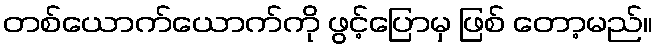
တစ်ယောက်ယောက်ကို ဖွင့်ပြောမှ ဖြစ် တော့မည်။